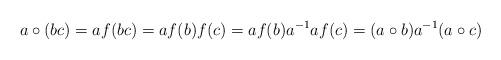
LaTeX: \begin{align*}a\circ (bc)=af(bc)=af(b)f(c)=af(b)a^{-1}af(c)=(a\circ b)a^{-1}(a\circ c)\end{align*}